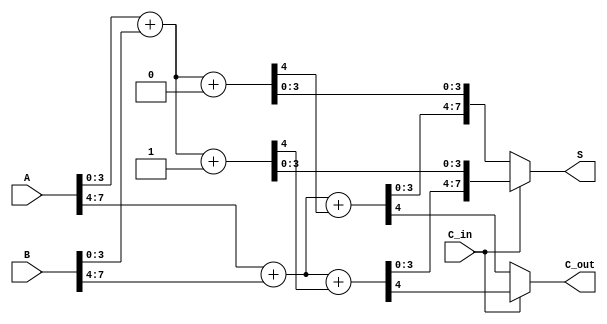
module carry_select_adder (
    input [7:0] A,        // 8-bit input A
    input [7:0] B,        // 8-bit input B
    input C_in,           // Carry-in
    output [7:0] S,       // 8-bit sum output
    output C_out          // Carry-out
);

    // Internal wires for block sums and carries
    wire [3:0] S0_0, S0_1, S1_0, S1_1; // Sums for both carry-in cases
    wire C0_0, C0_1, C1_0, C1_1;       // Carry-outs for both carry-in cases

    // First 4-bit block (A[3:0], B[3:0])
    // Adder for C_in = 0
    assign {C0_0, S0_0} = A[3:0] + B[3:0] + 1'b0; // Sum assuming C_in = 0
    // Adder for C_in = 1
    assign {C1_0, S1_0} = A[3:0] + B[3:0] + 1'b1; // Sum assuming C_in = 1

    // Second 4-bit block (A[7:4], B[7:4])
    // Adder for C_in = 0
    assign {C0_1, S0_1} = A[7:4] + B[7:4] + C0_0; // Sum assuming C_in = C0_0
    // Adder for C_in = 1
    assign {C1_1, S1_1} = A[7:4] + B[7:4] + C1_0; // Sum assuming C_in = C1_0

    // Final sum selection
    assign S = (C_in) ? {S1_1, S1_0} : {S0_1, S0_0};
    
    // Final carry-out selection
    assign C_out = (C_in) ? C1_1 : C0_1;

endmodule